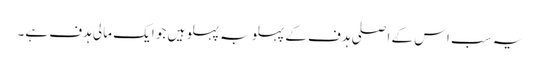
یہ سب اس کے اصلی ہدف کے پہلو بہ پہلو ہیں جو ایک مالی ہدف ہے۔